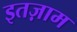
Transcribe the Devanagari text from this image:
इतज़ाम